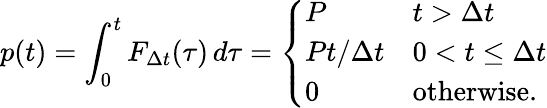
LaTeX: p(t)=\int_{0}^{t}F_{\Delta t}(\tau)\, d\tau={\left\{ \begin{array}{ll}{P}&{t>\Delta t}\\ {Pt/\Delta t}&{0<t\leq\Delta t}\\ {0}&{{\mathrm{otherwise.}}}\end{array}\right.}